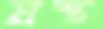
স্রস্ত